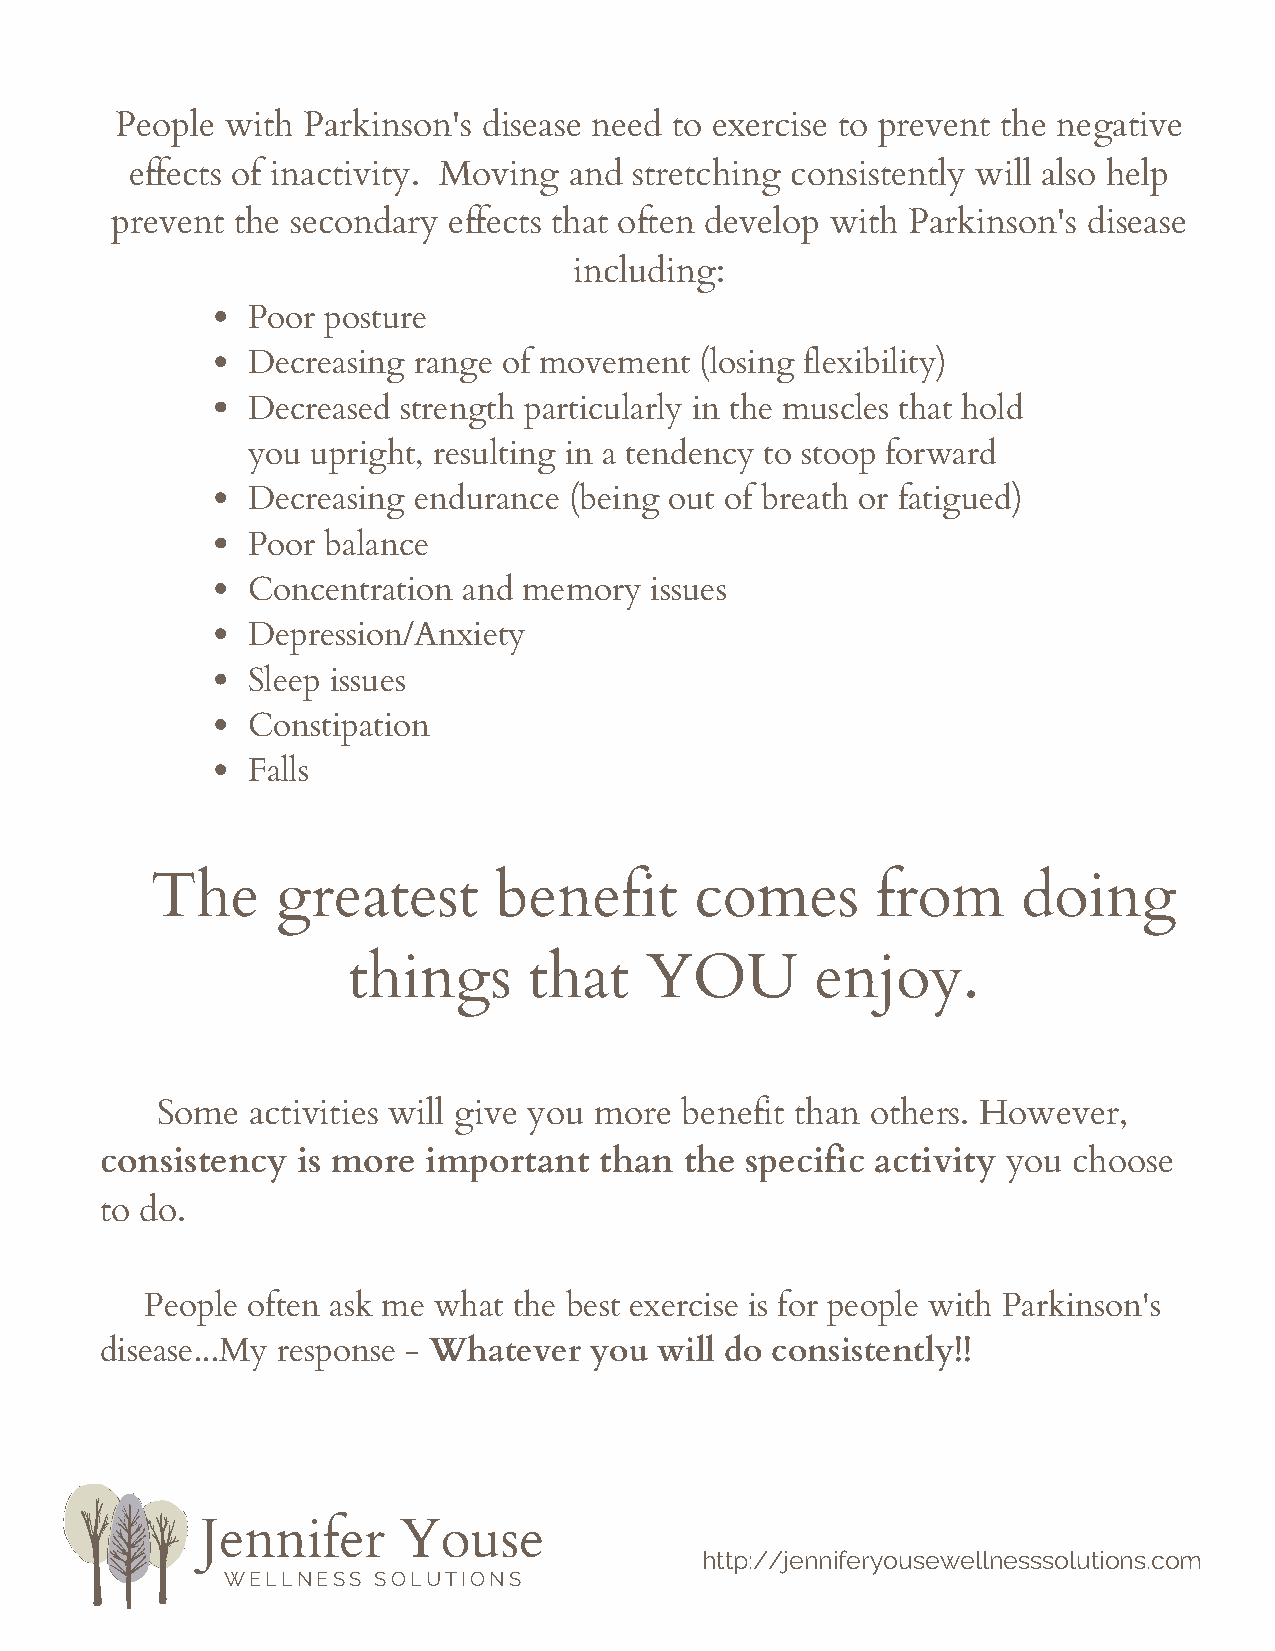
People with Parkinson's disease need to exercise to prevent the negative
 effects of inactivity. Moving and stretching consistently will also help
 prevent the secondary  effects that often develop with Parkinson's disease
 including:
 Poor posture
 Decreasing range of movement  (losing flexibility)
 Decreased strength particularly in the muscles that hold
 you  upright, resulting in a tendency to stoop forward
 Decreasing endurance  (being out of breath or fatigued)
 Poor balance
 Concentration  and memory  issues
 Depression/Anxiety
 Sleep issues
 Constipation
 Falls
 The     greatest       benefit      comes       from      doing
 things      that    YOU        enjoy.
 Some  activities will give you more benefit than others. However,
 consistency  is more important   than the specific activity you choose
 to do.
 People often ask me what the best exercise is for people with Parkinson's
 disease...My response - Whatever you will do consistently!!
 Jennifer     Youse
 http://jenniferyousewellnesssolutions.com
 WELLNESS  SOLUTIONS